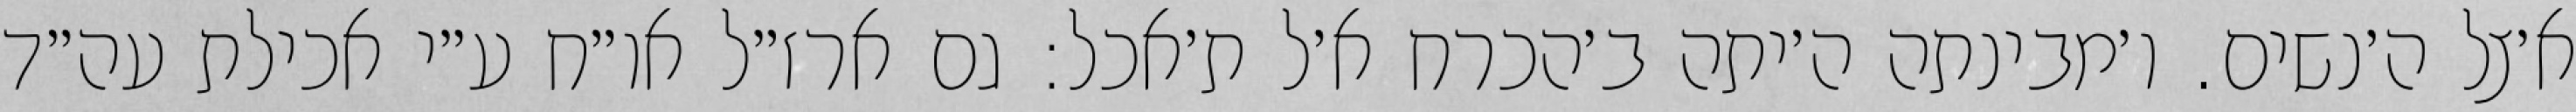
א׳צל ה׳נשים. ו׳מבינתה ה׳יתה ב׳הכרח א׳ל ת׳אכל: גם ארז״ל או״ח ע״י אכילת עה״ד